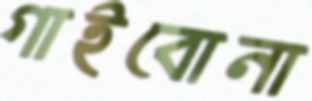
গাইবোনা